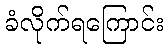
ခံလိုက်ရကြောင်း